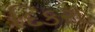
દિકરા